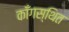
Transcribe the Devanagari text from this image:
काँगस्थित